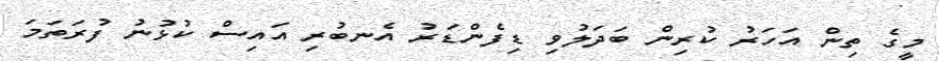
މީގެ ތިން އަހަރު ކުރިން ބަދަލުވި ޑިފެންޑަރު އެނބުރި އައިސް ކުޅުނު ފުރަތަމަ